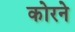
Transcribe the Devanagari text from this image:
कोरने